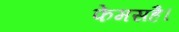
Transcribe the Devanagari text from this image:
फेमसहै।